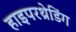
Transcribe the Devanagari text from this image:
हाइपरथ्रेडिंग